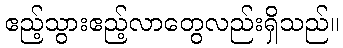
ဧည့်သွားဧည့်လာတွေလည်းရှိသည်။